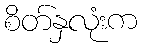
စိတ်နှလုံးက